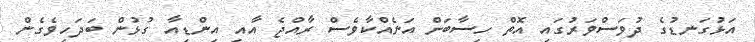
އަޅުގަނޑުގެ ދުވަސްވަރުގައި އޮތް ހިސާބަށް އަނެއްކާވެސް ރާއްޖެ އާއި އިންޑިއާ ގުޅުން ބަދަހިވެގެން